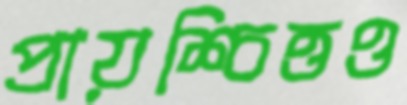
প্রায়শ্চিত্তও